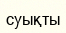
суықты